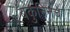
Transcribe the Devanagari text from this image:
बकुनिनचे